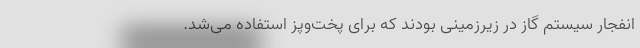
انفجار سیستم گاز در زیرزمینی بودند که برای پخت‌و‌پز استفاده می‌شد.